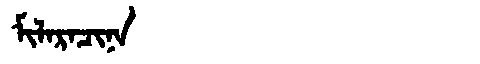
Manchu: ᠮᡳᠯᠠᡵᠠᠴᡳᠨᠠ
Romanization: MILARACINA